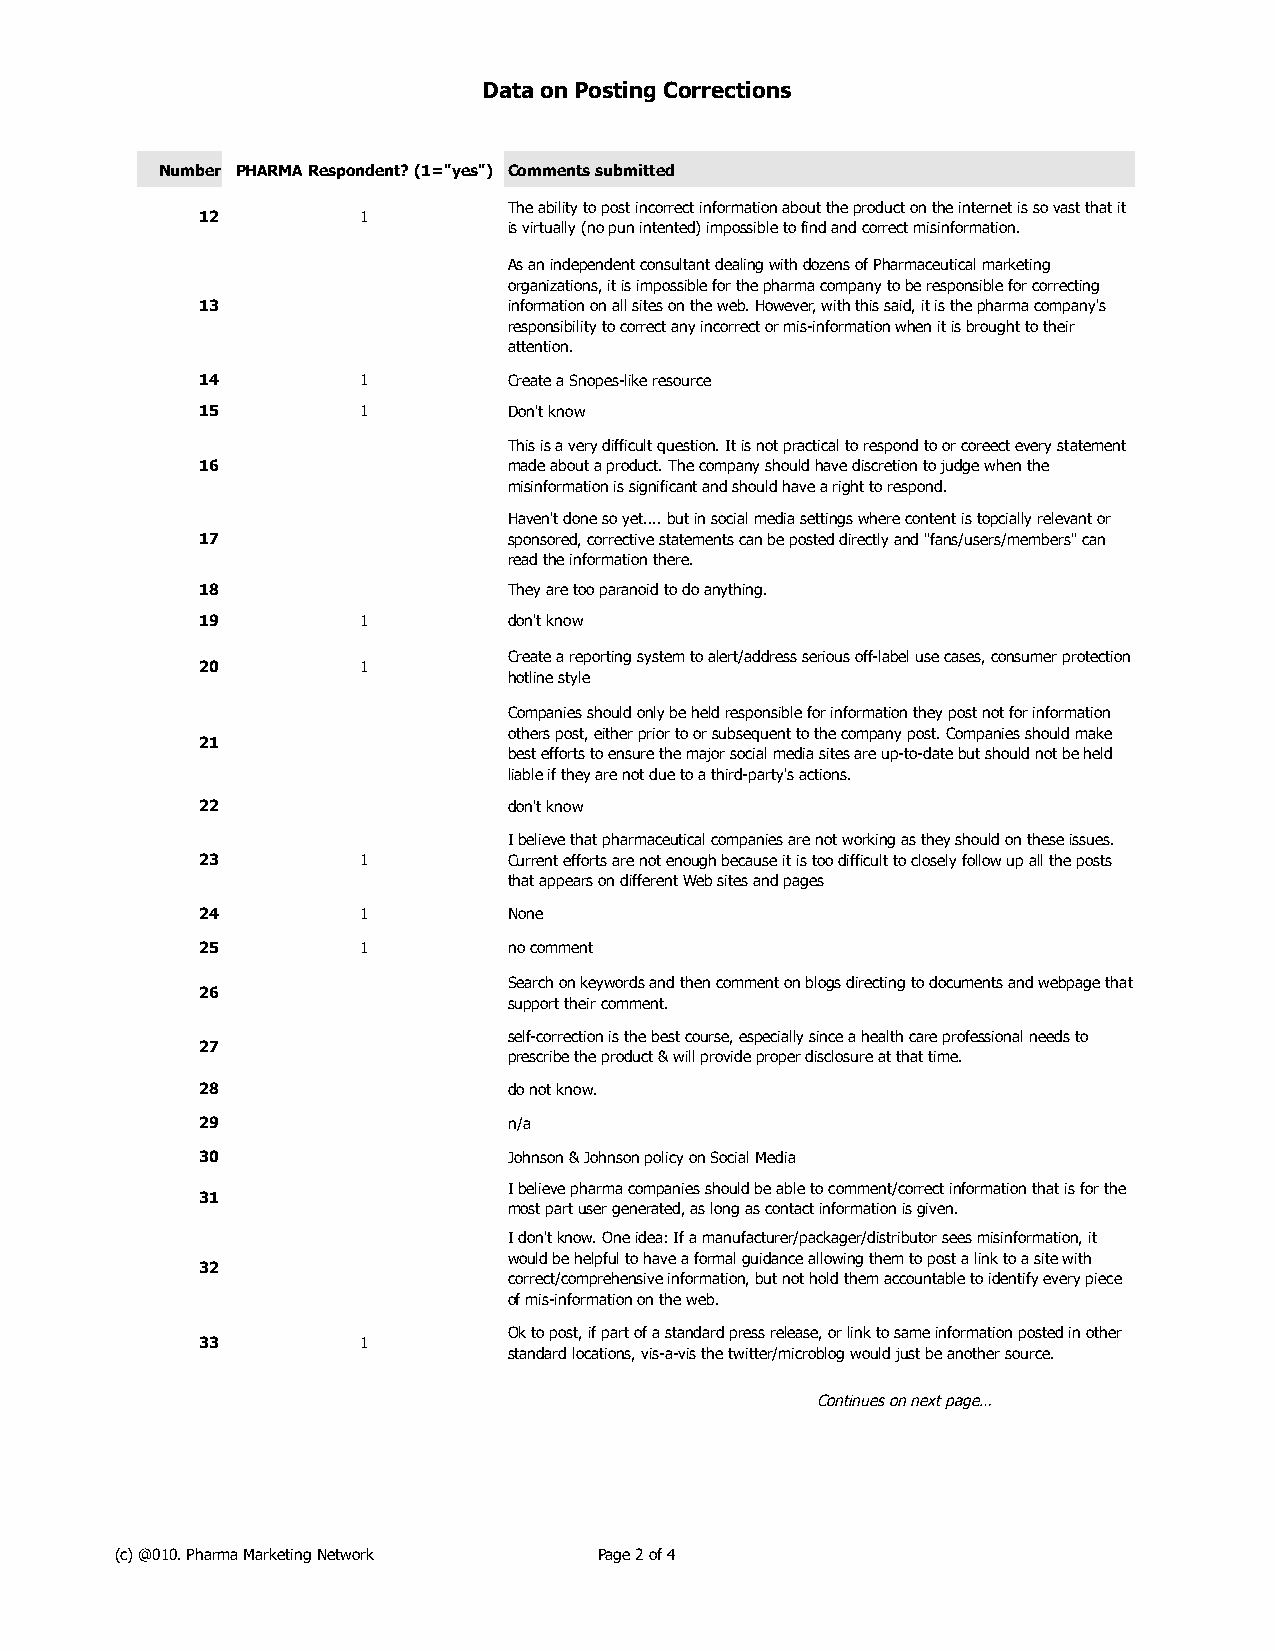
Data on Posting Corrections
 Number PHARMA Respondent? (1="yes") Comments submitted
 The ability to post incorrect information about the product on the internet is so vast that it
 12         1
 is virtually (no pun intented) impossible to find and correct misinformation.
 As an independent consultant dealing with dozens of Pharmaceutical marketing
 organizations, it is impossible for the pharma company to be responsible for correcting
 13                   information on all sites on the web. However, with this said, it is the pharma company's
 responsibility to correct any incorrect or mis-information when it is brought to their
 attention.
 14         1         Create a Snopes-like resource
 15         1         Don't know
 This is a very difficult question. It is not practical to respond to or coreect every statement
 16                   made about a product. The company should have discretion to judge when the
 misinformation is significant and should have a right to respond.
 Haven't done so yet.... but in social media settings where content is topcially relevant or
 17                   sponsored, corrective statements can be posted directly and "fans/users/members" can
 read the information there.
 18                   They are too paranoid to do anything.
 19         1         don't know
 Create a reporting system to alert/address serious off-label use cases, consumer protection
 20         1
 hotline style
 Companies should only be held responsible for information they post not for information
 others post, either prior to or subsequent to the company post. Companies should make
 21
 best efforts to ensure the major social media sites are up-to-date but should not be held
 liable if they are not due to a third-party's actions.
 22                   don't know
 I believe that pharmaceutical companies are not working as they should on these issues.
 23         1         Current efforts are not enough because it is too difficult to closely follow up all the posts
 that appears on different Web sites and pages
 24         1         None
 25         1         no comment
 Search on keywords and then comment on blogs directing to documents and webpage that
 26
 support their comment.
 self-correction is the best course, especially since a health care professional needs to
 27
 prescribe the product & will provide proper disclosure at that time.
 28                   do not know.
 29                   n/a
 30                   Johnson & Johnson policy on Social Media
 I believe pharma companies should be able to comment/correct information that is for the
 31
 most part user generated, as long as contact information is given.
 I don't know. One idea: If a manufacturer/packager/distributor sees misinformation, it
 would be helpful to have a formal guidance allowing them to post a link to a site with
 32
 correct/comprehensive information, but not hold them accountable to identify every piece
 of mis-information on the web.
 Ok to post, if part of a standard press release, or link to same information posted in other
 33         1
 standard locations, vis-a-vis the twitter/microblog would just be another source.
 Continues on next page…
 (c) @010. Pharma Marketing Network Page 2 of 4